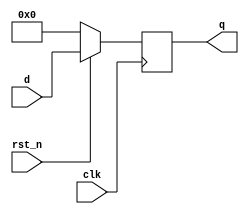
module register_with_reset (
    input wire clk,          // Clock signal
    input wire rst_n,       // Active low synchronous reset
    input wire [7:0] d,     // Data input
    output reg [7:0] q      // Data output (register)
);

    // Always block triggered on the positive edge of clk
    always @(posedge clk) begin
        if (!rst_n) begin
            q <= 8'b0;      // Reset register to 0
        end else begin
            q <= d;        // Update register with new data
        end
    end

endmodule